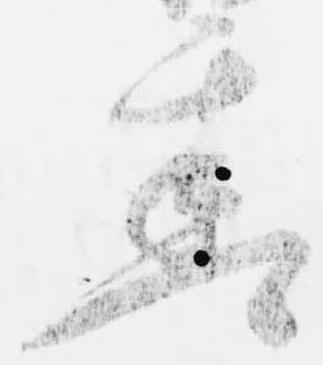
遅